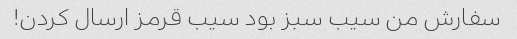
سفارش من سیب سبز بود سیب قرمز ارسال کردن!